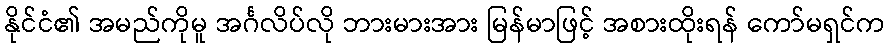
နိုင်ငံ၏ အမည်ကိုမူ အင်္ဂလိပ်လို ဘားမားအား မြန်မာဖြင့် အစားထိုးရန် ကော်မရှင်က